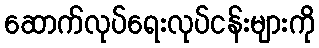
ဆောက်လုပ်ရေးလုပ်ငန်းများကို